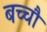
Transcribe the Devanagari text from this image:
बच्चौ